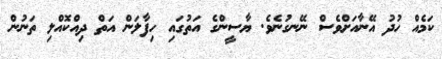
ކަމެއް ހުދު އޭނާއަށްވެސް ނޭނގުނެވެ. ޔާސީންގެ އަތުގައި ހިފާލަން އަތް ދިއްކޮއްލި ތަނުން